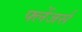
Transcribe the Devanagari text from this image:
फ्लेंजर्स